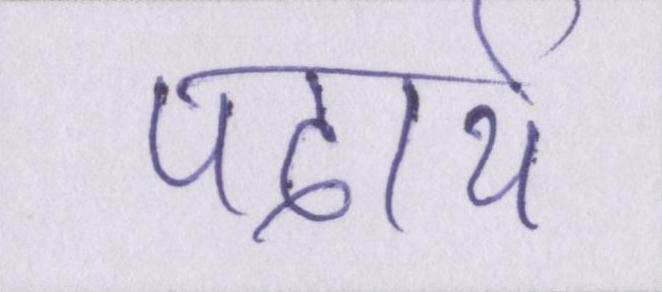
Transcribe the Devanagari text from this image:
पदार्थ